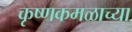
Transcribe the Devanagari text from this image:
कृष्णकमळाच्या